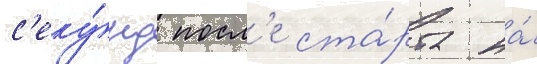
с'еку́нд посл'е ста́рта на́